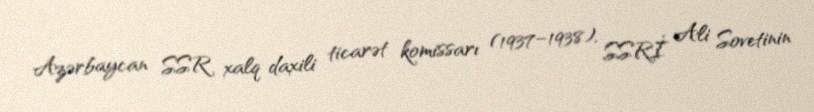
Azərbaycan SSR xalq daxili ticarət komissarı (1937–1938), SSRİ Ali Sovetinin